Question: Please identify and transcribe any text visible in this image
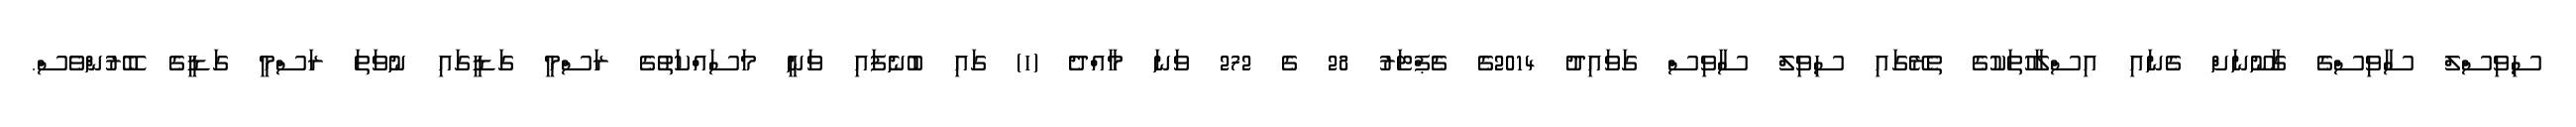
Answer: ސިވިސްލް ސާވިސްގެ ގާނޫނަށް ގެނައި އިސްލާހުތަކުގެ ތެރޭގައި ސިވިލް ސާވިސް ގަވައިދު 2014ގެ ޗެޕްޓަރު 28 ގެ 272 ވަނަ މާއްދެ (ހ) ގައި ބުނެފައި ވަނީ މަސައްކަތުގެ ރަސްމީ ގަޑީގައި ނުވަތަ ރަސްމީ ގަޑީގެ ބޭރުންވެސް.